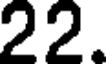
22.